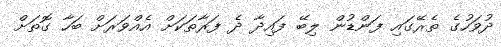
ދުވަހުގެ ތެރޭގައި ފަންޑުން ލިބޭ ފައިދާ ދެ ފަރާތަކަށް އެއްވަރަށް ބަހާ ގޮތަށް